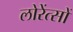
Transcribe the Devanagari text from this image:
लोरेंत्सों